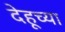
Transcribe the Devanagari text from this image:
देहूच्या